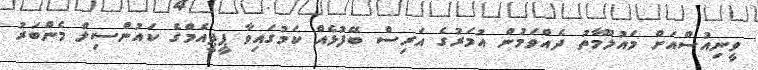
ވީނިއުސްއަށް މައުލޫމާތު ދެއްވަމުން އުމަރުގެ އަރިސް ބޭފުޅެއް ކަމުގައިވާ ޕީޕީއެމްގެ ކައުންސިލް މެންބަރު